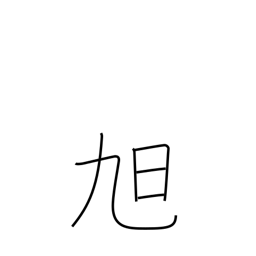
Meaning: morning sun